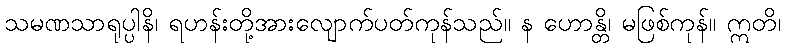
သမဏသာရုပ္ပါနိ၊ ရဟန်းတို့အားလျောက်ပတ်ကုန်သည်။ န ဟောန္တိ၊ မဖြစ်ကုန်။ ဣတိ၊